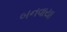
બનવાયા